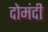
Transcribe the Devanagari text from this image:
दोमंदी